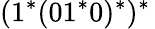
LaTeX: (1^{*}(01^{*}0)^{*})^{*}\,